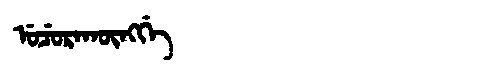
Manchu: ᡠᠴᡠᡵᠠᡴᡡᠩᡤᡝ
Romanization: UCURAKŪNGGE